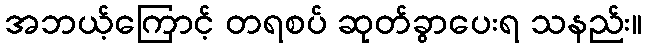
အဘယ့်ကြောင့် တရစပ် ဆုတ်ခွာပေးရ သနည်း။